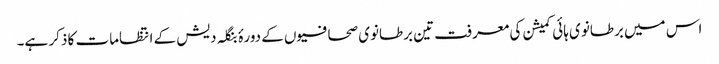
اس میں برطانوی ہائی کمیشن کی معرفت تین برطانوی صحافیوں کے دورۂ بنگلہ دیش کے انتظامات کا ذکر ہے۔